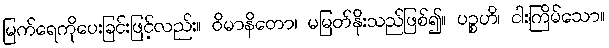
မြက်ရေကိုပေးခြင်းဖြင့်လည်း။ ဝိမာနိတော၊ မမြတ်နိုးသည်ဖြစ်၍။ ပဉ္စဟိ၊ ငါးကြိမ်သော။